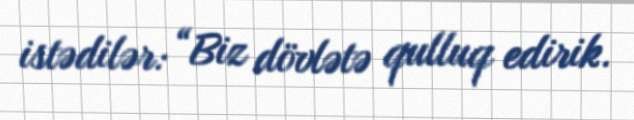
istədilər: “Biz dövlətə qulluq edirik.